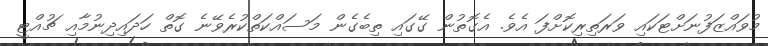
މުވައްޒަފުނަށްޓަކައި ވަރަތިރިކޮށްފަ އެވެ. އެގޮތުން ގޭގައި ތިބެގެން މަސައްކަތްކުރެވޭނެ ގޮތް ހަދައިދިނުމާއި ޗުއްޓީ